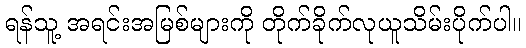
ရန်သူ့ အရင်းအမြစ်များကို တိုက်ခိုက်လုယူသိမ်းပိုက်ပါ။